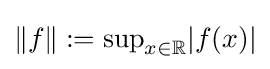
\Vert f\Vert :={\text{sup}}_{x\in \mathbb {R} }\vert f(x)\vert